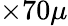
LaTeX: \times 70\mu